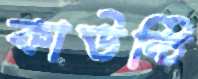
কাউন্টি